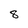
Character: 8